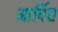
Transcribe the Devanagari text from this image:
आर्पित